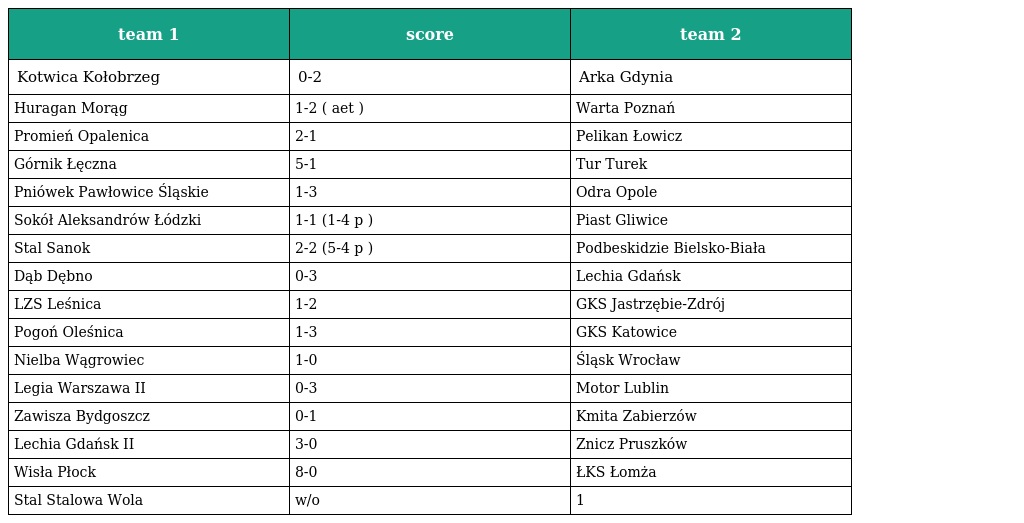
| team 1 | score | team 2 |
 | --- | --- | --- |
 | Kotwica Kołobrzeg | 0-2 | Arka Gdynia |
 | Huragan Morąg | 1-2 ( aet ) | Warta Poznań |
 | Promień Opalenica | 2-1 | Pelikan Łowicz |
 | Górnik Łęczna | 5-1 | Tur Turek |
 | Pniówek Pawłowice Śląskie | 1-3 | Odra Opole |
 | Sokół Aleksandrów Łódzki | 1-1 (1-4 p ) | Piast Gliwice |
 | Stal Sanok | 2-2 (5-4 p ) | Podbeskidzie Bielsko-Biała |
 | Dąb Dębno | 0-3 | Lechia Gdańsk |
 | LZS Leśnica | 1-2 | GKS Jastrzębie-Zdrój |
 | Pogoń Oleśnica | 1-3 | GKS Katowice |
 | Nielba Wągrowiec | 1-0 | Śląsk Wrocław |
 | Legia Warszawa II | 0-3 | Motor Lublin |
 | Zawisza Bydgoszcz | 0-1 | Kmita Zabierzów |
 | Lechia Gdańsk II | 3-0 | Znicz Pruszków |
 | Wisła Płock | 8-0 | ŁKS Łomża |
 | Stal Stalowa Wola | w/o | 1 |